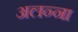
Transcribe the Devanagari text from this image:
अलन्ना